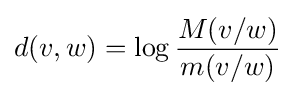
d(v,w)=\log {\frac {M(v/w)}{m(v/w)}}